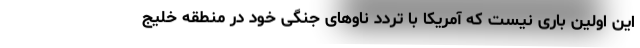
این اولین باری نیست که آمریکا با تردد ناوهای جنگی خود در منطقه خلیج